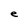
Character: e